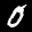
Label: 0